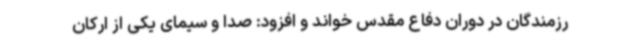
رزمندگان در دوران دفاع مقدس خواند و افزود: صدا و سیمای یکی از ارکان